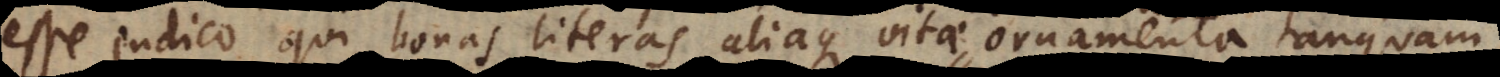
esse judico, qui bonas literas aliaque vitae ornamenta tanquam